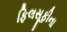
ફિલસૂફીના